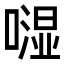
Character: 𠾾